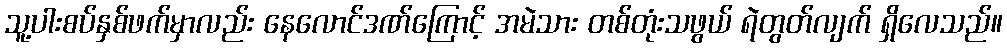
သူ့ပါးစပ်နှစ်ဖက်မှာလည်း နေလောင်ဒဏ်ကြောင့် အမဲသား တစ်တုံးသဖွယ် ရဲတွတ်လျက် ရှိလေသည်။